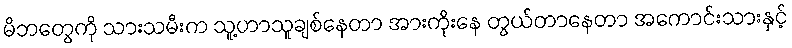
မိဘတွေကို သားသမီးက သူ့ဟာသူချစ်နေတာ အားကိုးနေ တွယ်တာနေတာ အကောင်းသားနှင့်